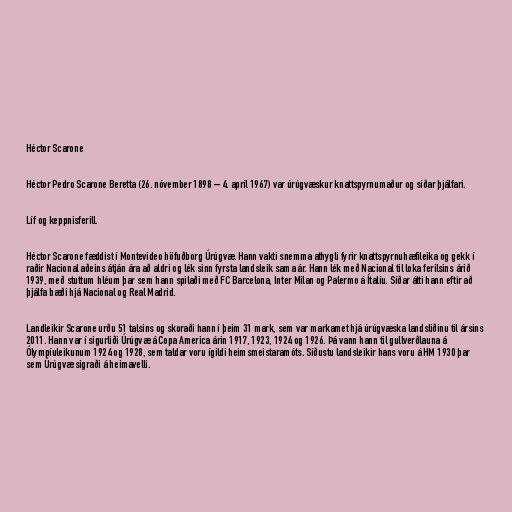
Héctor Scarone

Héctor Pedro Scarone Beretta (26. nóvember 1898 – 4. apríl 1967) var úrúgvæskur knattspyrnumaður og síðar þjálfari.

Líf og keppnisferill.

Héctor Scarone fæddist í Montevideo höfuðborg Úrúgvæ. Hann vakti snemma athygli fyrir knattspyrnuhæfileika og gekk í
raðir Nacional aðeins átján ára að aldri og lék sinn fyrsta landsleik sama ár. Hann lék með Nacional til loka ferilsins árið
1939, með stuttum hléum þar sem hann spilaði með FC Barcelona, Inter Milan og Palermo á Ítalíu. Síðar átti hann eftir að
þjálfa bæði hjá Nacional og Real Madrid.

Landleikir Scarone urðu 51 talsins og skoraði hann í þeim 31 mark, sem var markamet hjá úrúgvæska landsliðinu til ársins
2011. Hann var í sigurliði Úrúgvæ á Copa America árin 1917, 1923, 1924 og 1926. Þá vann hann til gullverðlauna á
Ólympíuleikunum 1924 og 1928, sem taldar voru ígildi heimsmeistaramóts. Síðustu landsleikir hans voru á HM 1930 þar
sem Úrúgvæ sigraði á heimavelli.